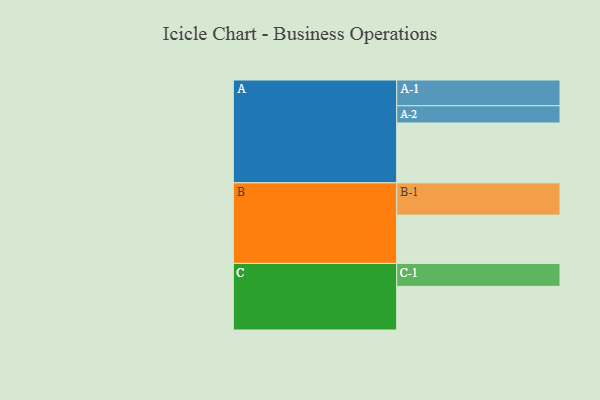
{"axis": {"x": "Segment", "y": "Value"}, "legend": ["", "A", "B", "C"], "data": [{"x": "A", "y": 462, "type": ""}, {"x": "B", "y": 373, "type": ""}, {"x": "C", "y": 337, "type": ""}, {"x": "A-1", "y": 199, "type": "A"}, {"x": "A-2", "y": 133, "type": "A"}, {"x": "B-1", "y": 249, "type": "B"}, {"x": "C-1", "y": 177, "type": "C"}]}